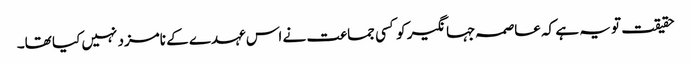
حقیقت تو یہ ہے کہ عاصمہ جہانگیر کو کسی جماعت نے اس عہدے کے نامزد نہیں کیا تھا۔